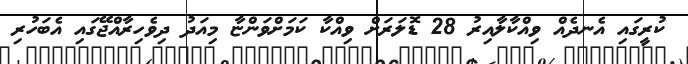
ކުރީގައި އެނދެއް ވިއްކާލާއިރު 28 ޑޮލަރަށް ވިއްކާ ކަމަށްވަންޏާ މިއަދު ދިވެހިރާއްޖޭގައި އެބަހުރި